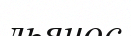
льянос